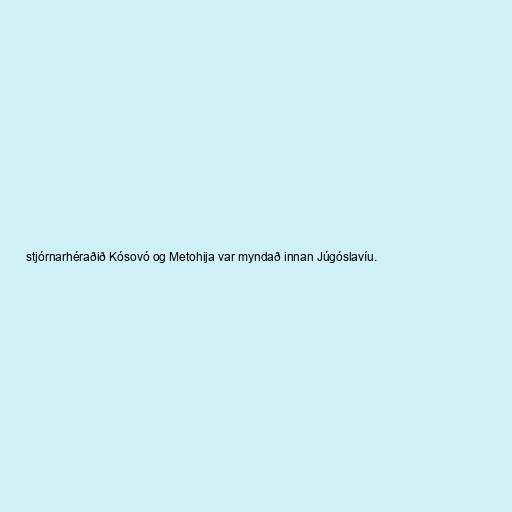
stjórnarhéraðið Kósovó og Metohija var myndað innan Júgóslavíu.